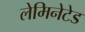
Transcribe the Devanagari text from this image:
लेमिनेटेड